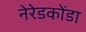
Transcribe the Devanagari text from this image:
नेरेडकोंडा